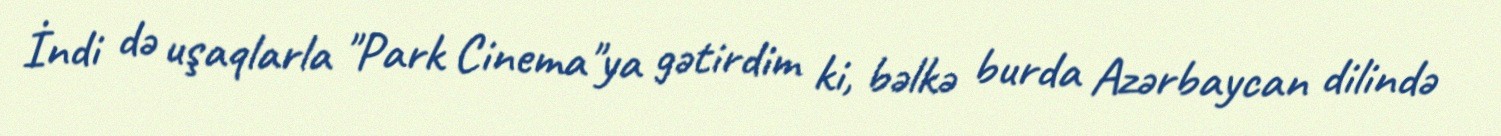
İndi də uşaqlarla "Park Cinema"ya gətirdim ki, bəlkə burda Azərbaycan dilində